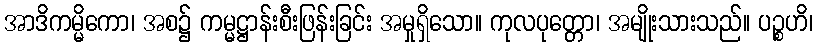
အာဒိကမ္မိကော၊ အစ၌ ကမ္မဋ္ဌာန်းစီးဖြန်းခြင်း အမှုရှိသော။ ကုလပုတ္တော၊ အမျိုးသားသည်။ ပဉ္စဟိ၊